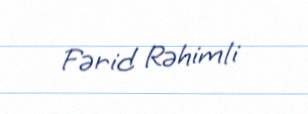
Fərid Rəhimli